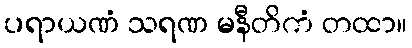
ပရာယဏံ သရဏ မနီတိကံ တထာ။